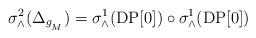
LaTeX: \begin{align*} \sigma^{2}_{\wedge}(\Delta_{g_{_{M}}}) = \sigma^{1}_{\wedge}(\operatorname{DP[0]})\circ \sigma^{1}_{\wedge}(\operatorname{DP[0]})\end{align*}